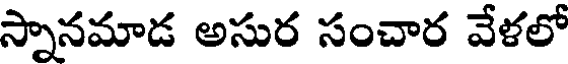
స్నానమాడ అసుర సంచార వేళలో